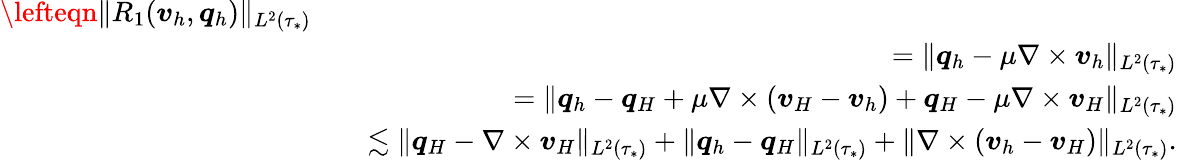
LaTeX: \begin{array}{rlr}{\lefteqn{\| R_{1}(\boldsymbol{v}_{h},\boldsymbol{q}_{h})\| _{L^{2}(\tau_{*})}}}\\ &{}&{=\| \boldsymbol{q}_{h}-\mu\nabla\times\boldsymbol{v}_{h}\| _{L^{2}(\tau_{*})}}\\ &{}&{=\| \boldsymbol{q}_{h}-\boldsymbol{q}_{H}+\mu\nabla\times(\boldsymbol{v}_{H}-\boldsymbol{v}_{h})+\boldsymbol{q}_{H}-\mu\nabla\times\boldsymbol{v}_{H}\| _{L^{2}(\tau_{*})}}\\ &{}&{\lesssim\| \boldsymbol{q}_{H}-\nabla\times\boldsymbol{v}_{H}\| _{L^{2}(\tau_{*})}+\| \boldsymbol{q}_{h}-\boldsymbol{q}_{H}\| _{L^{2}(\tau_{*})}+\| \nabla\times(\boldsymbol{v}_{h}-\boldsymbol{v}_{H})\| _{L^{2}(\tau_{*})}.}\end{array}